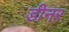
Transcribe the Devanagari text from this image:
डीनर